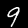
Digit: 9